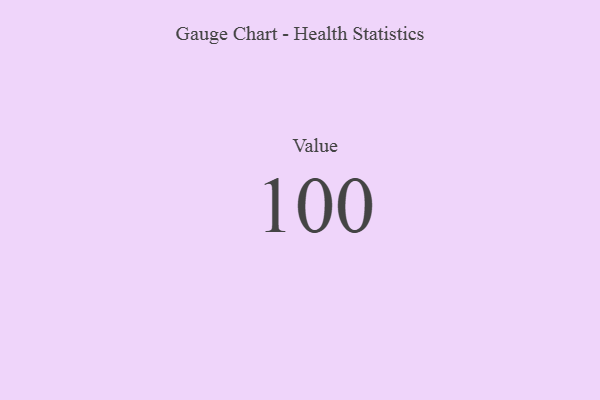
{"axis": {"x": "Metric", "y": "Value"}, "legend": [""], "data": [{"x": "Value", "y": 100, "type": ""}]}